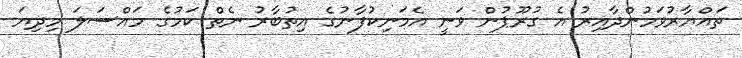
ތައްޔާރުވަމުންދާއިރު އެ ގުރޫޕުން ވަނީ އެމަނިކުފާނުގެ އިތުބާރު ނެތް ކަމުގެ މައްސަލަ މިދިޔަ